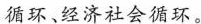
循环、经济社会循环。